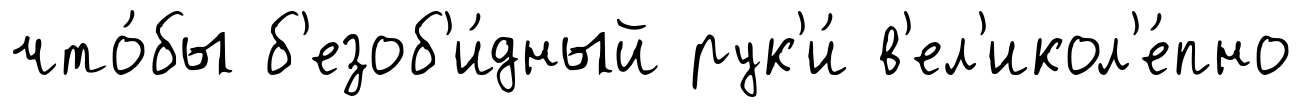
что́бы б'езоб'и́дный рук'и́ в'ел'икол'е́пно